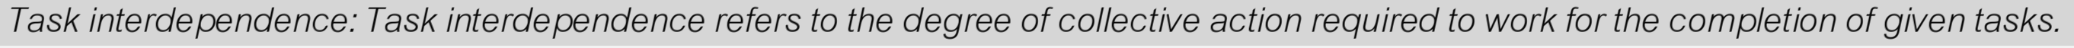
Task interdependence: Task interdependence refers to the degree of collective action required to work for the completion of given tasks.